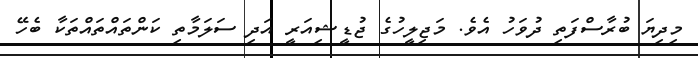
މިދިޔަ ބުރާސްފަތި ދުވަހު އެވެ. މަޖިލީހުގެ ޖުޑީޝިއަރީ އަދި ސަލަމާތި ކަންތައްތައްތަކާ ބެހޭ